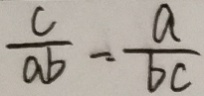
\frac { c } { a b } = \frac { a } { b c }